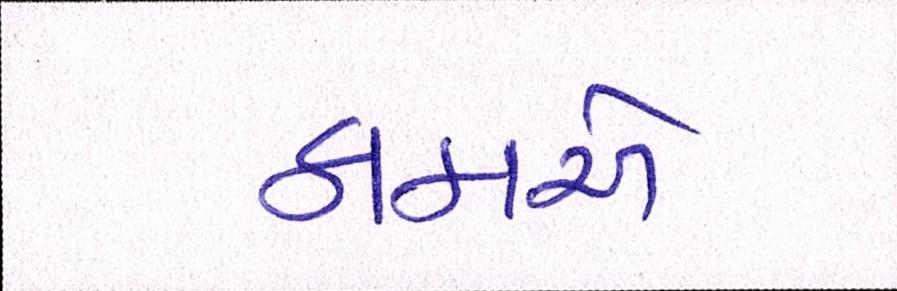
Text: કાકાએ